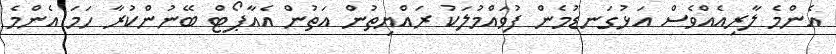
އެންމެ ލާރިއެއްވެސް އަޅުގަނޑުމެން ފުވައްމުލަކު ރައްޔިތުން އަތުން އެއާޕޯޓް ބޭނުންކުރާ ހަމަ އެންމެ